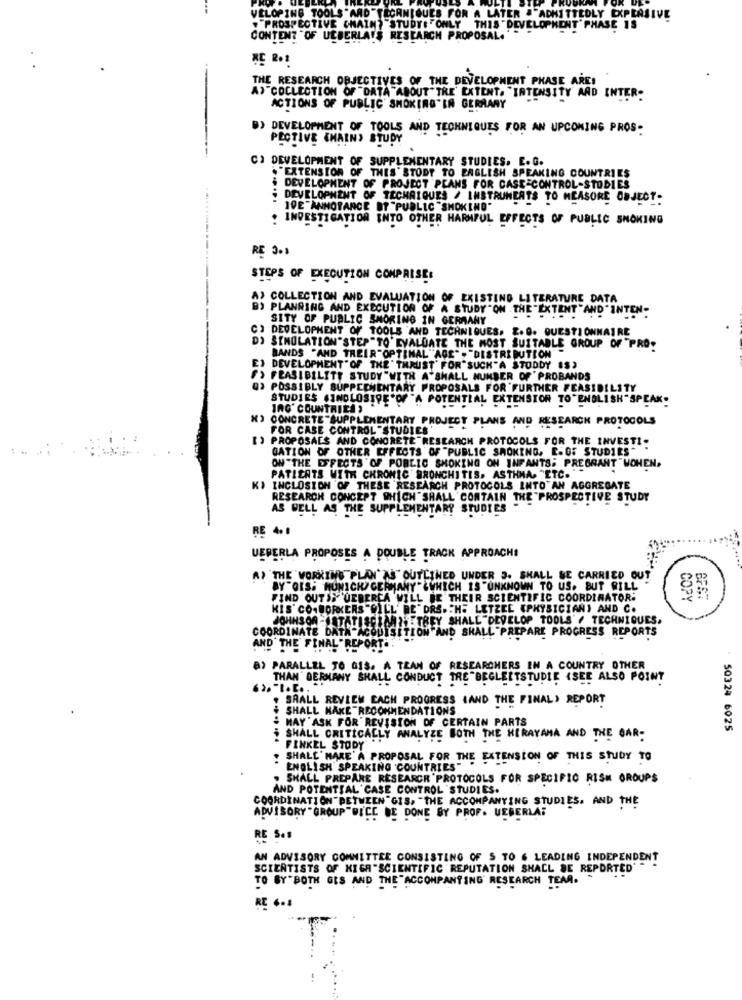
VELOPING TOOLS "AND"TECHNIQUES FOR A LATER ."ADMITTEDLY EXPLASIVE
. "PROSPECTIVE CHAIN? "STUDY: "ONLY THIS "DEVELOPMENT" PHASE 19
CONTENT OF UEBERLA'S RESEARCH PROPOSAL."
RC 2.1
THE RESEARCH OBJECTIVES OF THE DEVELOPMENT PHASE ARE!
A> COLLECTION OF DATA ABOUT" TRE EXTENT. "INTENSITY AAD INTER-
ACTIONS OF PUBLIC SMOKING'IN GERMANY
B) DEVELOPMENT OF TOOLS AND TECHNIQUES FOR AN UPCOMING PROS-
PECTIVE {MAIN, STUDY
CI DEVELOPMENT OF SUPPLEMENTARY STUDIES. E.G.
."EXTENSION OF THIS'STODT TO ENGLISH SPEAKING COUNTRIES
& DEVELOPMENT OF PROJECT PLANS FOR CASE CONTROL-STODIES
i DEVELOPMENT OF TECHNIQUES / INSTRUMENTS TO MEASORE OBJECT-
10E"ANNOTANCE BT "PUBLIC "SMOKING"
. INVESTIGATION INTO OTHER HARMFUL EFFECTS OF PUBLIC SMOKING
RE 3.1
STEPS OF EXECUTION COMPRISE:
A> COLLECTION AND EVALUATION OF EXISTING LITERATURE DATA
B) PLANNING AND EXECUTION OF A STUDY"ON THE "EXTENT"AND" INTEN-
SITY OF PUBLIC SMORING IN GERMANY
) DEVELOPMENT OF TOOLS AND TECHNIQUES. E.O. QUESTIONNAIRE
DI SIMULATION"STEP"TO EVALUATE THE MOST SUITABLE GROUP OF "PRO-
BANDS "AND THEIR"OPTIMAL "AGE" - "DISTRIBUTION-
E) DEVELOPMENT" OF THE' THRUST' FOR"SUCH"A STODDY (S)
> FEASIBILITY STUDY"WITH A'SHALL NUMBER OF ' PROBANDS
Q3 POSSIBLY SUPPLEMENTARY PROPOSALS FOR FURTHER FEASIBILITY
STUDIES INCLOSIVE"OF "A POTENTIAL EXTENSION TO"ENGLISH"SPEAK.
JAG' COUNTRIES ,
") CONCRETE -SUPPLEMENTARY PROJECT PLANS AND RESEARCH PROTOCOLS
FOR CASE CONTROL "STUDIES'
[) PROPOSALS AND CONCRETE"RESEARCH PROTOCOLS FOR THE INVESTI-
GATION OF OTHER EFFECTS OF "PUBLIC SMOKING, E.G. STUDIES" .
ON "THE EFFECTS OF POBLIC SMOKING ON INFANTS; PREGRANT "WOHEN.
PATIENTS WITH CHRONIC BRONCHITIS. ASTHMA. "ETC. ""
KI INCLOSION OF THESE RESEARCH PROTOCOLS INTO AN AGGREGATE
RESEARCH CONCEPT WHICH SHALL CONTAIN THE "PROSPECTIVE STUDY
AS WELL AS THE SUPPLEMENTARY STUDIES
RE 4.1
UEPERLA PROPOSES A DOUBLE TRACK APPROACH!
AT THE WORKING PLAN" AS OUTLINED UNDER 3. SHALL BE CARRIED OUT
BY"GIS; MUNICH GERMANY" LWHICH IS "UNKNOWN TO US. BUT WILL
FIND OUTSS UEBERCA WILL BE THEIR SCIENTIFIC COORDINATOR:
COPY
Bra.
KIS' CO-WORKERS "GILL' BE" DRS. "HE LETZEE (PHYSICIAN) AND C.
JOHNSON -JSTATISCEMALETREY SHALL"DEVELOP TOOLS" , TECHNIQUES,
COORDINATE DATA ACQUISITION AND SHALL "PREPARE PROGRESS REPORTS
THE FINAL " REPORT. . "
B) PARALLEL TO 018. A TEAM OF RESEARCHERS IN A COUNTRY OTHER
THAN' DERMANY SHALL CONDUCT TRE"BEGLEITSTUDIE (SEE ALSO POINT
SAALL REVIEW CACH PROGRESS (AND THE FINAL) REPORT
SHALL MAKE RECOMMENDATIONS
MAY ASK FOR REVISION OF CERTAIN PARTS
50324 6025
SHALL CRITICALLY ANALYZE BOTH THE KERAYAMA AND THE BAR-
FINKEL STODY ".
SHALL MAKE A PROPOSAL FOR THE EXTENSION OF THIS STUDY TO
ENGLISH SPEAKING COUNTRIES"
SHALL PREPARE RESEARCH PROTOCOLS FOR SPECIFIC RISH GROUPS
AND POTENTIAL CASE CONTROL 'STUDIES.
COORDINATION BETWEEN"GIS, "THE ACCOMPANYING STUDIES, AND THE
ADVISORY GROUP "DICE BE DONE BY PROF. UEBERLAT
RE S.s
AN ADVISORY COMMITTEE CONSISTING OF S TO 6 LEADING INDEPENDENT
SCIENTISTS OF HIGH "SCIENTIFIC REPUTATION SHALL BE REPORTED'
TO BY BOTH GES AND THE "ACCOMPANYING RESEARCH TEAR. .
RE 4-1